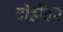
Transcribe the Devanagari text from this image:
दोहोंवर